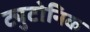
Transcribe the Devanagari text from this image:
ट्युटोनिक